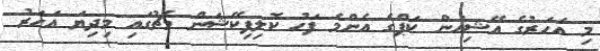
މި އަހަރުގެ އޭޝިއަން ކަޕްގެ އެންމެ ފަހު ކޮލިފިކޭޝަން މެޗުގައި މިދިޔަ އަހަރު